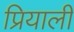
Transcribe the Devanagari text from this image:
प्रियाली